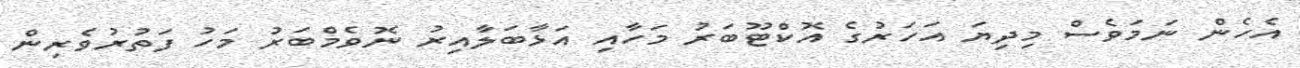
އެހެން ނަމަވެސް މިދިޔަ އަހަރުގެ އޮކްޓޫބަރު މަހާއި އަޅާބަލާއިރު ނޮވެމްބަރު މަހު ފަތުރުވެރިން